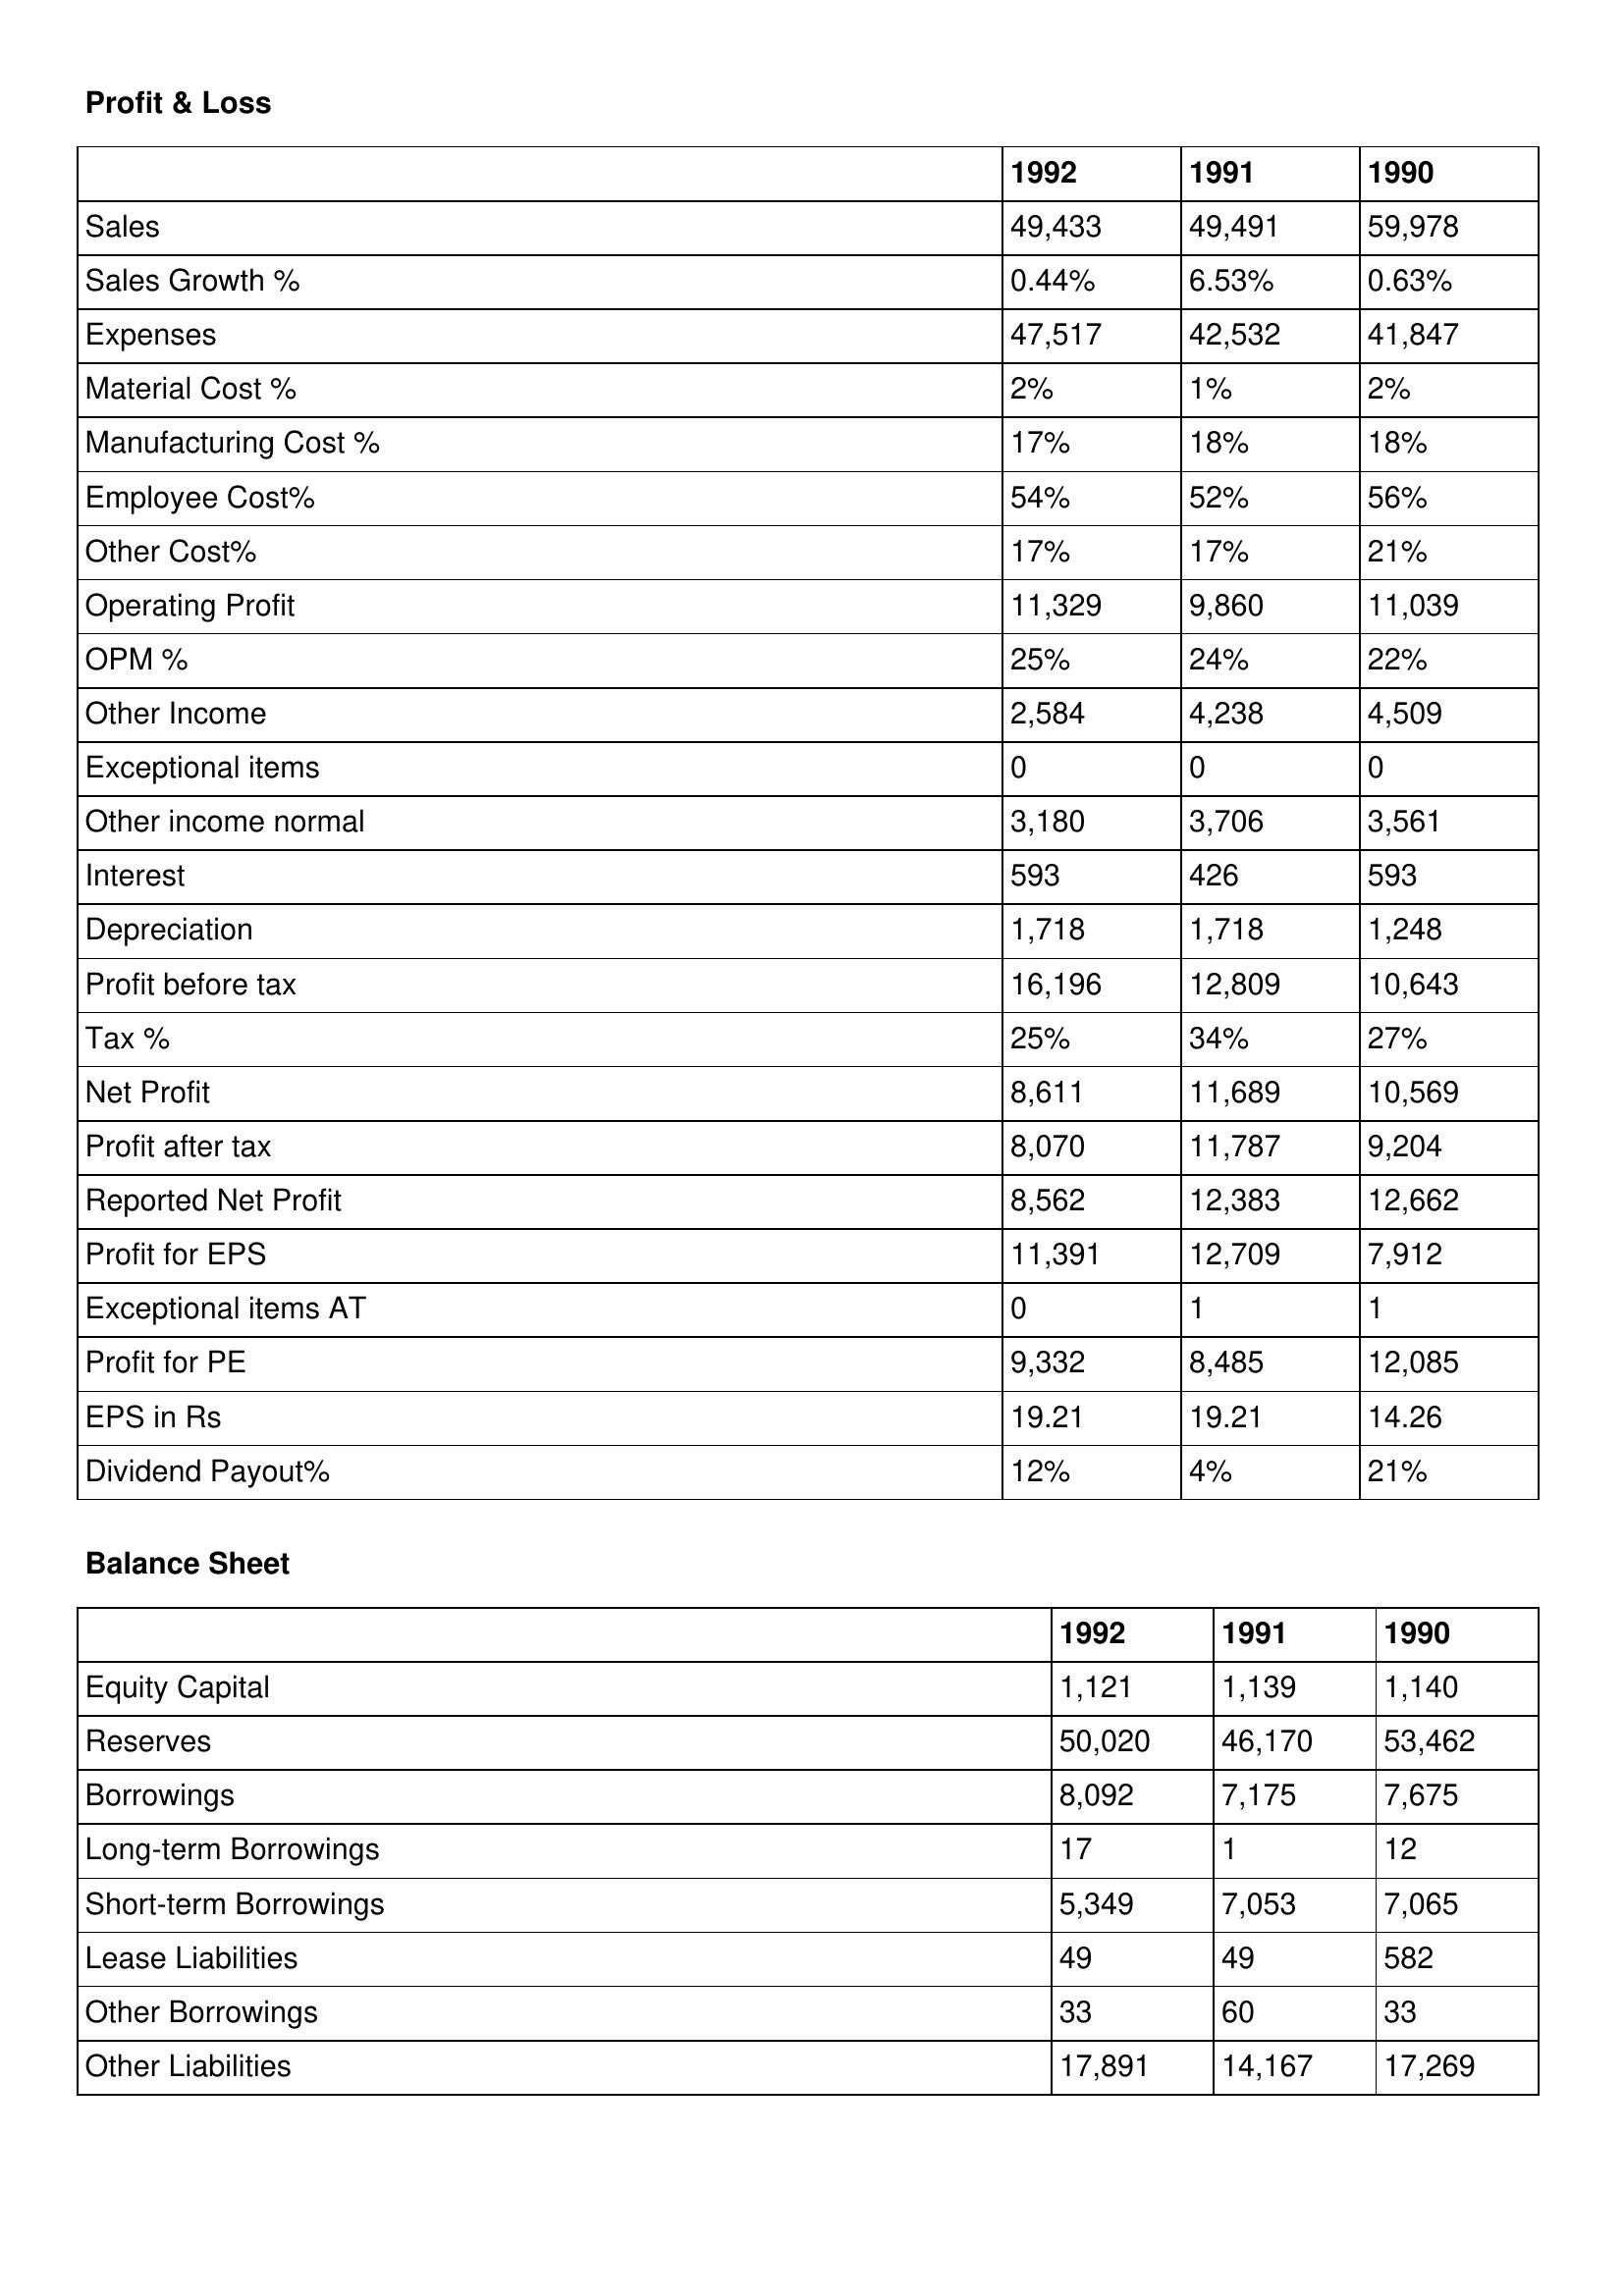
gt_parse: 1992: Profit & Loss: Sales: 49,433
Sales Growth %: 0.44%
Expenses: 47,517
Material Cost %: 2%
Manufacturing Cost %: 17%
Employee Cost%: 54%
Other Cost%: 17%
Operating Profit: 11,329
OPM %: 25%
Other Income: 2,584
Exceptional items: 0
Other income normal: 3,180
Interest: 593
Depreciation: 1,718
Profit before tax: 16,196
Tax %: 25%
Net Profit: 8,611
Profit after tax: 8,070
Reported Net Profit: 8,562
Profit for EPS: 11,391
Exceptional items AT: 0
Profit for PE: 9,332
EPS in Rs: 19.21
Dividend Payout%: 12%
Balance Sheet: Equity Capital: 1,121
Reserves: 50,020
Borrowings: 8,092
Long-term Borrowings: 17
Short-term Borrowings: 5,349
Lease Liabilities: 49
Other Borrowings: 33
Other Liabilities: 17,891
1991: Profit & Loss: Sales: 49,491
Sales Growth %: 6.53%
Expenses: 42,532
Material Cost %: 1%
Manufacturing Cost %: 18%
Employee Cost%: 52%
Other Cost%: 17%
Operating Profit: 9,860
OPM %: 24%
Other Income: 4,238
Exceptional items: 0
Other income normal: 3,706
Interest: 426
Depreciation: 1,718
Profit before tax: 12,809
Tax %: 34%
Net Profit: 11,689
Profit after tax: 11,787
Reported Net Profit: 12,383
Profit for EPS: 12,709
Exceptional items AT: 1
Profit for PE: 8,485
EPS in Rs: 19.21
Dividend Payout%: 4%
Balance Sheet: Equity Capital: 1,139
Reserves: 46,170
Borrowings: 7,175
Long-term Borrowings: 1
Short-term Borrowings: 7,053
Lease Liabilities: 49
Other Borrowings: 60
Other Liabilities: 14,167
1990: Profit & Loss: Sales: 59,978
Sales Growth %: 0.63%
Expenses: 41,847
Material Cost %: 2%
Manufacturing Cost %: 18%
Employee Cost%: 56%
Other Cost%: 21%
Operating Profit: 11,039
OPM %: 22%
Other Income: 4,509
Exceptional items: 0
Other income normal: 3,561
Interest: 593
Depreciation: 1,248
Profit before tax: 10,643
Tax %: 27%
Net Profit: 10,569
Profit after tax: 9,204
Reported Net Profit: 12,662
Profit for EPS: 7,912
Exceptional items AT: 1
Profit for PE: 12,085
EPS in Rs: 14.26
Dividend Payout%: 21%
Balance Sheet: Equity Capital: 1,140
Reserves: 53,462
Borrowings: 7,675
Long-term Borrowings: 12
Short-term Borrowings: 7,065
Lease Liabilities: 582
Other Borrowings: 33
Other Liabilities: 17,269